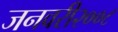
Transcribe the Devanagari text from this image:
जनवरी२००८